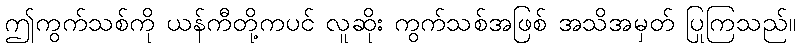
ဤကွက်သစ်ကို ယန်ကီတို့ကပင် လူဆိုး ကွက်သစ်အဖြစ် အသိအမှတ် ပြုကြသည်။